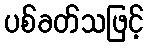
ပစ်ခတ်သဖြင့်